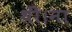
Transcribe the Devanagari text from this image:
थीं।ना